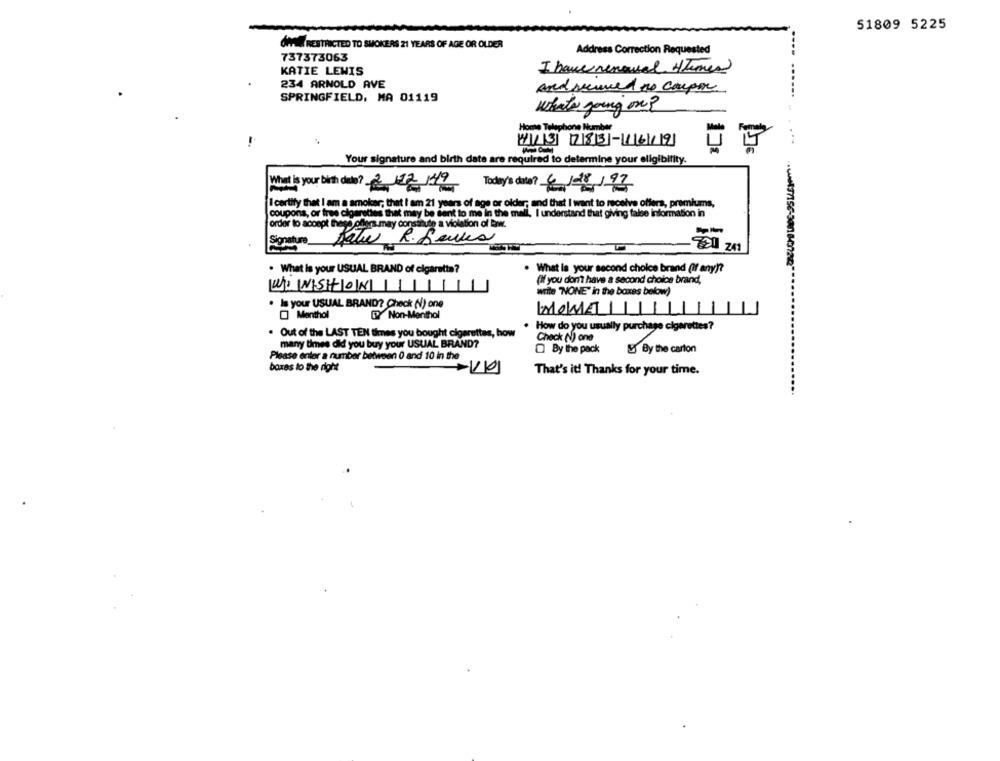
51809 5225
ONTEM RESTRICTED TO SMOKERS 21 YEARS OF AGE OR OLDER
Address Correction Requested
737373063
KATIE LEWIS
I have renewed 4times
234 ARNOLD AVE
and served no coupon
SPRINGFIELD, MA 01119
whats going on?
BLE
Home Telephone Number
413 783-1619
Your signature and birth date are required to determine your eligibility.
What is your birth date? 2/12 /4/9
Today's data? 4/28/97
I certify that I am a smoker; that I am 21 years of age or older; and that I want to receive offers, premiums,
coupons, or free cigarettes that may be sent to me in the mall, I understand that giving false information in
order to accept these offers may consinute a violation of law.
Signature
fati R. Seules
720 241
. What is your USUAL BRAND of cigaretta?
. What is your second choice brand (If any)?
(if you don't have a second choice brand,
WINSTON
write "NONE" in the boxes below)
· Is your USUAL BRAND? Check (N) one
WOWET
Menthol
Non-Menthol
How do you usually purchase cigarettes?
. Out of the LAST TEN times you bought cigarettes, how
Check (V) one
many times did you buy your USUAL BRAND?
O By the pack
& By the carton
Please enter a number between 0 and 10 in the
boxes lo the right
That's it! Thanks for your time.